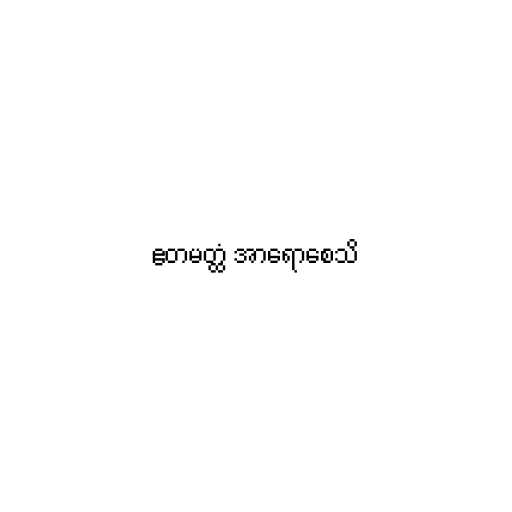
ဧတမတ္ထံ အာရောစေသိ